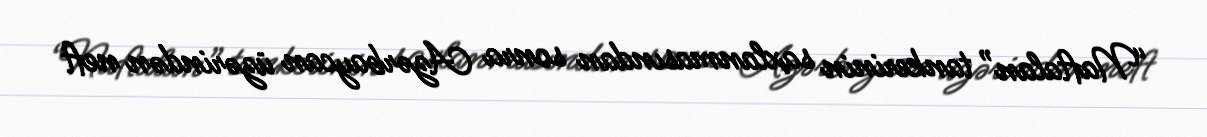
“Naftalan” tankerinin saxlanmasından sonra Azərbaycan üzərindən neft